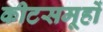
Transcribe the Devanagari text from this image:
कीटसमूहों